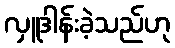
လှူဒါန်းခဲ့သည်ဟု